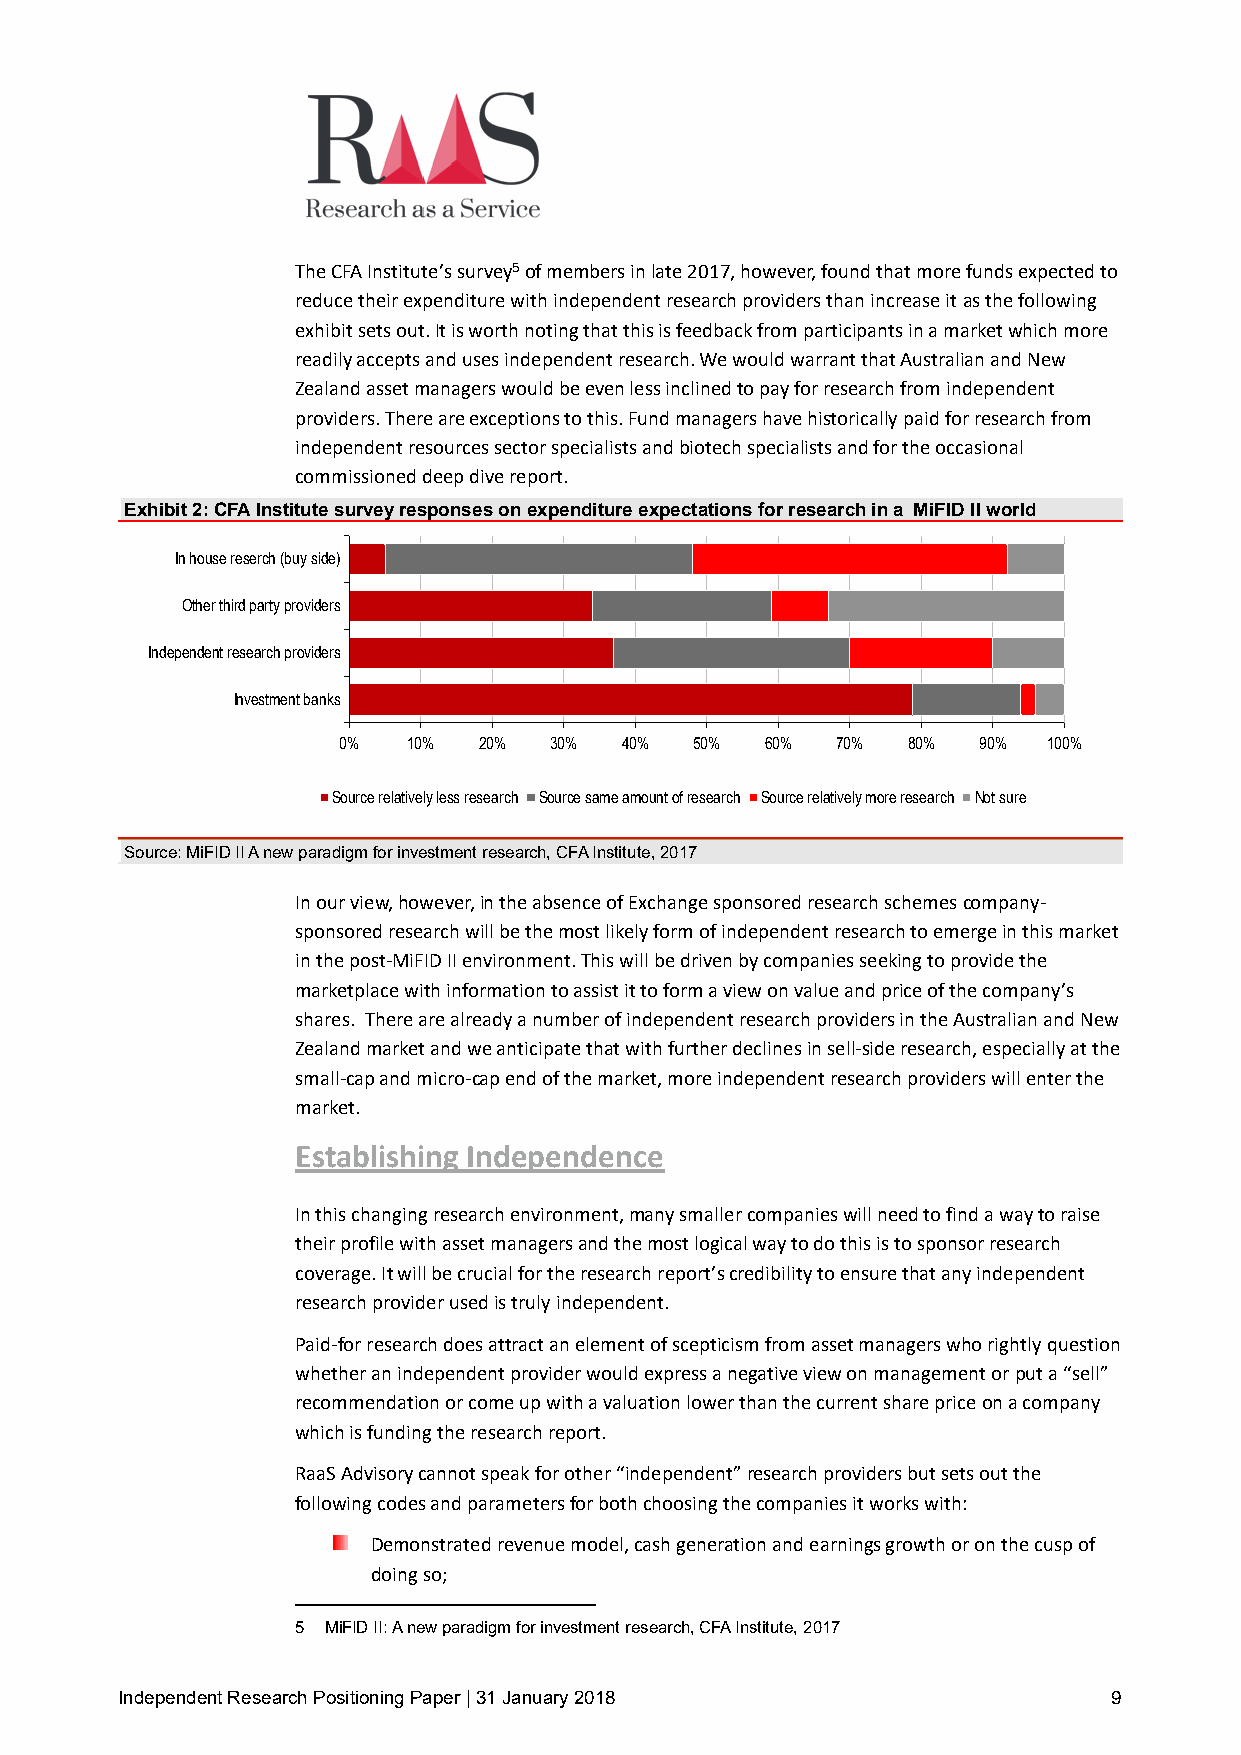
The CFA Institute’s survey5 of members in late 2017, however, found that more funds expected to
 reduce their expenditure with independent research providers than increase it as the following
 exhibit sets out. It is worth noting that this is feedback from participants in a market which more
 readily accepts and uses independent research. We would warrant that Australian and New
 Zealand asset managers would be even less inclined to pay for research from independent
 providers. There are exceptions to this. Fund managers have historically paid for research from
 independent resources sector specialists and biotech specialists and for the occasional
 commissioned deep dive report.
 Exhibit 2: CFA Institute survey responses on expenditure expectations for research in a MiFID II world
 In house reserch (buy side)
 Other third party providers
 Independent research providers
 Investment banks
 0%   10%  20% 30%  40%  50%  60% 70%  80%  90% 100%
 Source relatively less research Source same amount of research Source relatively more research Not sure
 Source: MiFID II A new paradigm for investment research, CFA Institute, 2017
 In our view, however, in the absence of Exchange sponsored research schemes company-
 sponsored research will be the most likely form of independent research to emerge in this market
 in the post-MiFID II environment. This will be driven by companies seeking to provide the
 marketplace with information to assist it to form a view on value and price of the company’s
 shares. There are already a number of independent research providers in the Australian and New
 Zealand market and we anticipate that with further declines in sell-side research, especially at the
 small-cap and micro-cap end of the market, more independent research providers will enter the
 market.
 Establishing Independence
 In this changing research environment, many smaller companies will need to find a way to raise
 their profile with asset managers and the most logical way to do this is to sponsor research
 coverage. It will be crucial for the research report’s credibility to ensure that any independent
 research provider used is truly independent.
 Paid-for research does attract an element of scepticism from asset managers who rightly question
 whether an independent provider would express a negative view on management or put a “sell”
 recommendation or come up with a valuation lower than the current share price on a company
 which is funding the research report.
 RaaS Advisory cannot speak for other “independent” research providers but sets out the
 following codes and parameters for both choosing the companies it works with:
 Demonstrated revenue model, cash generation and earnings growth or on the cusp of
 doing so;
 5 MiFID II: A new paradigm for investment research, CFA Institute, 2017
 Independent Research Positioning Paper | 31 January 2018          9